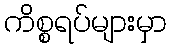
ကိစ္စရပ်များမှာ